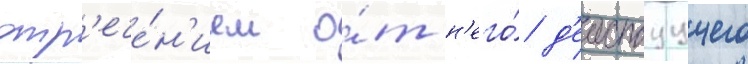
отр'ече́н'ием о́т н'его́ д'еиствуущего